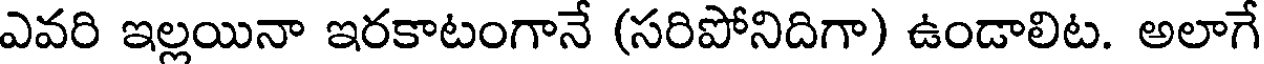
ఎవరి ఇల్లయినా ఇరకాటంగానే (సరిపోనిదిగా) ఉండాలిట. అలాగే